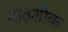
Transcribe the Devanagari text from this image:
मातृशोक